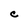
Character: C